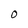
Character: O